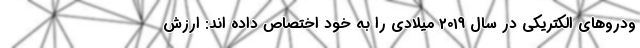
ودروهای الکتریکی در سال 2019 میلادی را به خود اختصاص داده اند: ارزش